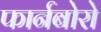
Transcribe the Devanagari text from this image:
फार्नबोरो